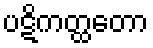
ပဋိကတ္ထတော